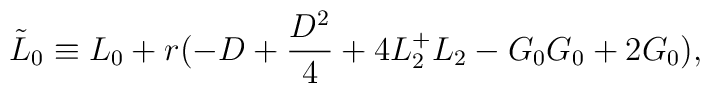
\tilde L_0 \equiv L_0 + r(-D + \frac{D^2}{4} + 4L^+_2  L_2 - G_0G_0 + 2G_0),